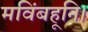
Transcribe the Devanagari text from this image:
मविंबहूनि।